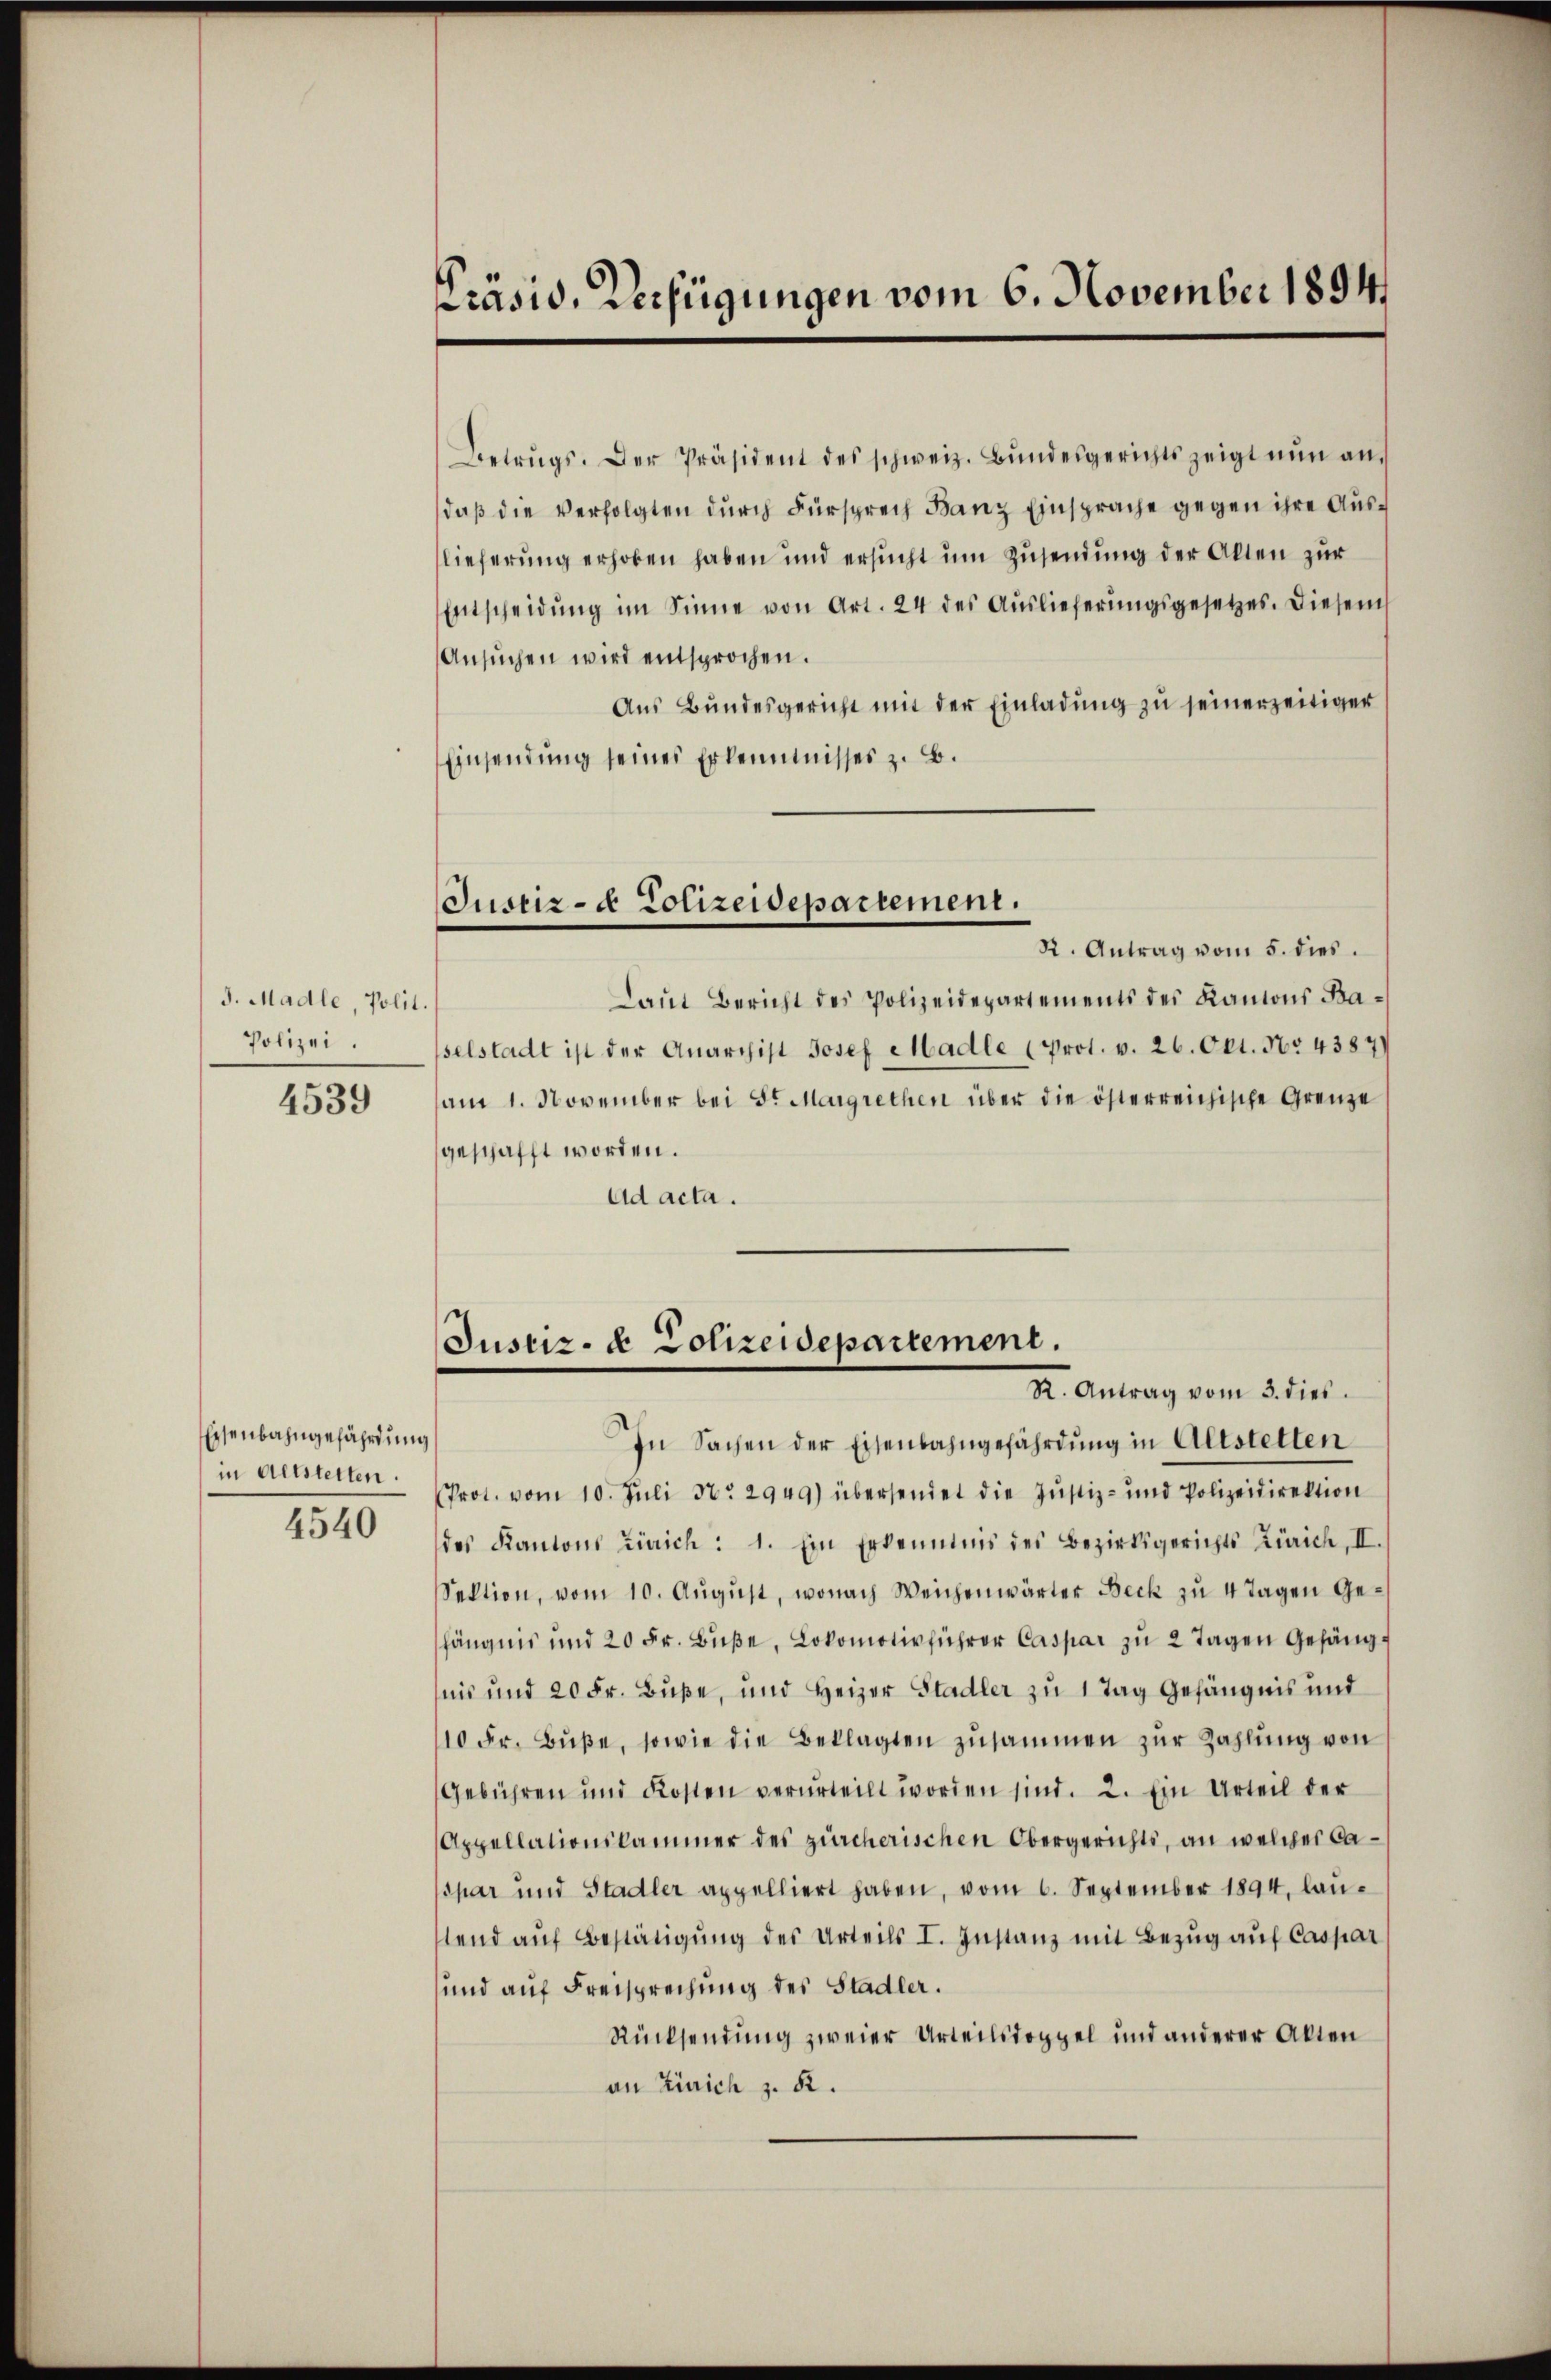
J. Madle, Polit.
Polizei.

4539

Eisenbahngefährdung
in Altstetten.
4540

Präsid. Verfügungen vom 6. November 1894

Betrugs. Der Präsident des schweiz. Bŭndesgerichts zeigt nŭn an,
daß die Verfolgten durch Fürsprech Banz Einsprache gegen ihre Auslieferung erhoben haben und ersucht um Zusendung der Alten zur
Entscheidŭng im Sinne von Art. 24 des Auslieferungsgesetzes. Diesem
Ansŭchen wird entsprochen.
Aŭs Bŭndesgericht mit der Einladŭng zu seinerzeitiger
Einsendung seines Erkenntnisses z. B.
Laut Bericht des Polizeidepartements des Kantons Baselstadt ist der Anarchist Josef Madle (Prot. v. 26. Okt. Nr. 4387)
am 1. November bei St. Margrethen über die österreichische Grenze
geschafft worden.
Ad acta.
Justiz- & Polizeidepartement.
R. Antrag vom 3. dies
In Sachen der Eisenbahngefährdung in Altstetten
Prot. vom 10. Juli No 2949) übersendet die Justiz- und Polizeidirektion
des Kantons Zürich: 1. Ein Erkenntnis des Bezirksgerichts Zürich, II.
Sektion, vom 10. Aŭgŭst, wonach Weichenwärter Beck zu 4 Tagen Gefängnis und 20 Fr. Bŭβe Lokomotivführer Caspar zŭ 2 Tagen Gefängt
nis und 20 Fr. Buße, und Heizer Stadler zu 1 Tag Gefängnis und
10 Fr. Bŭβe, sowie die Beklagten zusammen zur Zahlung von
Gebühren und Kosten verurteilt worden sind. 2. Ein Urteil der
Appellationskammer des zürcherischen Obergerichts, an welcher Caspar und Stadler appelliert haben, vom 6. September 1894, lautend aŭf Bestätigŭng des Urteils I. Instanz mit Bezug auf Caspar
und auf Freisprechung des Stadler.
Rücksendung zweier Urteilsdoppel und anderer Akten
an Zürich z. 82.

Justiz- & Polizeidepartement.
R. Antrag vom 5. dies